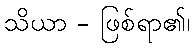
သိယာ - ဖြစ်ရာ၏၊